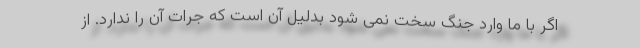
اگر با ما وارد جنگ سخت نمی شود بدلیل آن است که جرات آن را ندارد. از